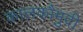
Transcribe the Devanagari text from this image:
कालकौमुदी